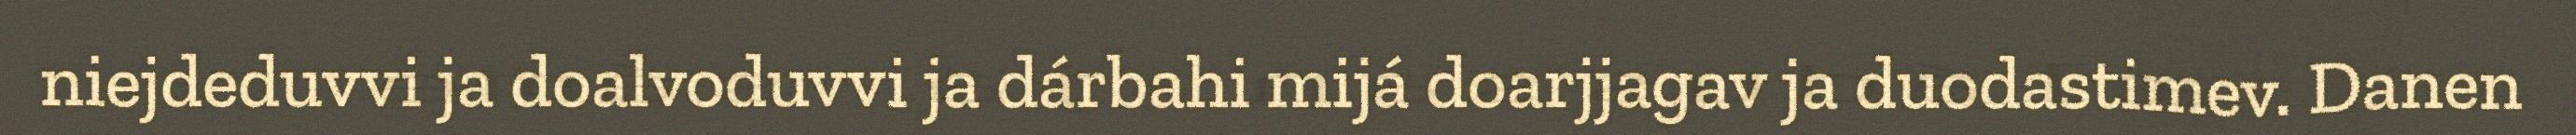
niejdeduvvi ja doalvoduvvi ja dárbahi mijá doarjjagav ja duodastimev. Danen